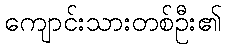
ကျောင်းသားတစ်ဦး၏